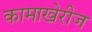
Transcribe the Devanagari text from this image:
कामाखेरीज